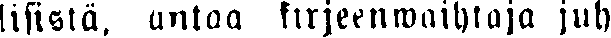
lisistä, antaa kirjeenwaihtaja juh